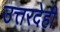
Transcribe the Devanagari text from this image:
उत्तरदेही